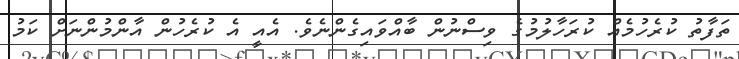
ތަފާތު ކުރެހުމެއް ކުރަހާލުމުގެ ވިސްނުން ބާއްވައިގެންނެވެ. އެއީ އެ ކުރެހުން އާންމުންނަށް ކަމު